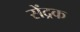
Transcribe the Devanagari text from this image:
सेंद्रक